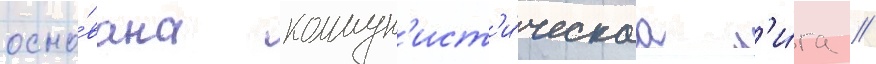
осно́вана коммун'ист'и́ческаа л'и́га //